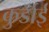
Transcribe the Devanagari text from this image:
कुर्डाई